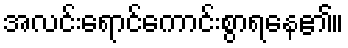
အလင်းရောင်ကောင်းစွာရနေ၏။